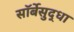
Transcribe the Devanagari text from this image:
सॉर्बेसुद्धा